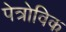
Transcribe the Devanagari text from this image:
पेत्रोविक